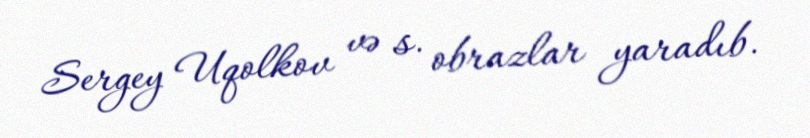
Sergey Uqolkov və s. obrazlar yaradıb.